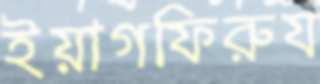
ইয়াগফিরুয